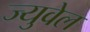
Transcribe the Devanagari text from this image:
ज्युवेल